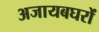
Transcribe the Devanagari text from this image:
अजायबघरों